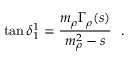
\tan { \delta _ { 1 } ^ { 1 } } = \displaystyle \frac { m _ { \rho } \Gamma _ { \rho } ( s ) } { m _ { \rho } ^ { 2 } - s } ~ ~ .